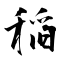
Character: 稲